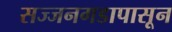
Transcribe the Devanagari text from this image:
सज्जनगडापासून